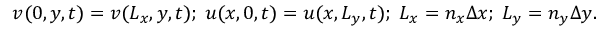
v ( 0 , y , t ) = v ( L _ { x } , y , t ) ; \; u ( x , 0 , t ) = u ( x , L _ { y } , t ) ; \; L _ { x } = n _ { x } \Delta x ; \; L _ { y } = n _ { y } \Delta y .